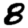
Digit: 8